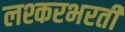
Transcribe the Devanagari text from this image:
लश्करभरती